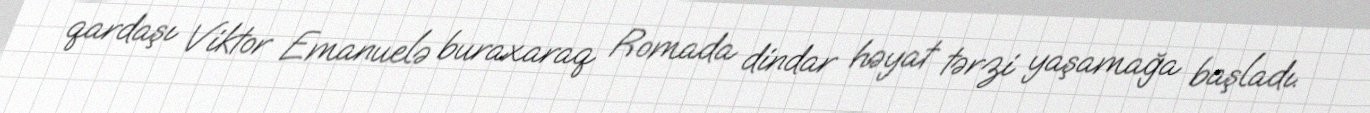
qardaşı Viktor Emanuelə buraxaraq Romada dindar həyat tərzi yaşamağa başladı.